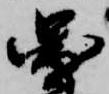
図